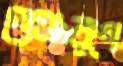
গুঞ্জরণে